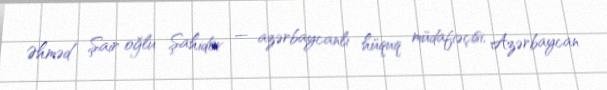
Əhməd Şair oğlu Şahidov — azərbaycanlı hüquq müdafiəçisi, Azərbaycan